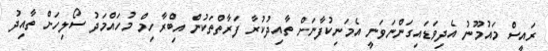
ރައީސް މައުމޫނު އެދިވަޑައިގަންނަވަނީ އެމަނިކުފާނަށް ތާއިދުކުރާ ފަރާތްތަކުން އިބްރާހިމް މުހައްމަދު ސޯލިހަށް ތާއިދު